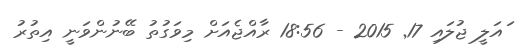
ައަލީ ޖުލައި 17